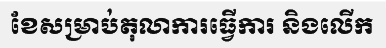
ខែសម្រាប់តុលាការធ្វើការ និងលើក